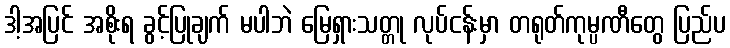
ဒါ့အပြင် အစိုးရ ခွင့်ပြုချက် မပါဘဲ မြေရှားသတ္တု လုပ်ငန်းမှာ တရုတ်ကုမ္ပဏီတွေ ပြည်ပ